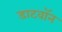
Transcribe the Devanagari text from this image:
डाटवॉन